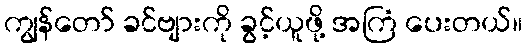
ကျွန်တော် ခင်ဗျားကို ခွင့်ယူဖို့ အကြံ ပေးတယ်။